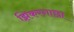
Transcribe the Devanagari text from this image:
झिकरगाछा